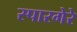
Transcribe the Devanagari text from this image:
स्पारगेरे